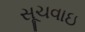
સૂચવાઇ